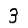
Digit: 3